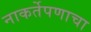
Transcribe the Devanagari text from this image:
नाकर्तेपणाचा